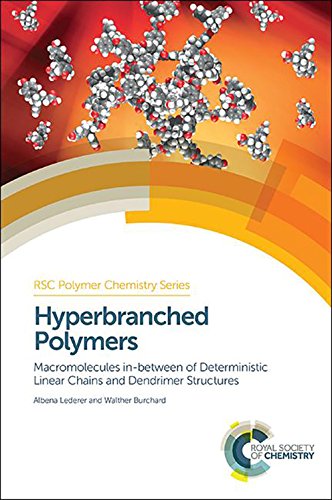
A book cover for Hyperbranched Polymers: Macromolecules in between Deterministic Linear Chains and Dendrimer Structures (RSC Polymer Chemistry Series); Albena Lederer; Science & Math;